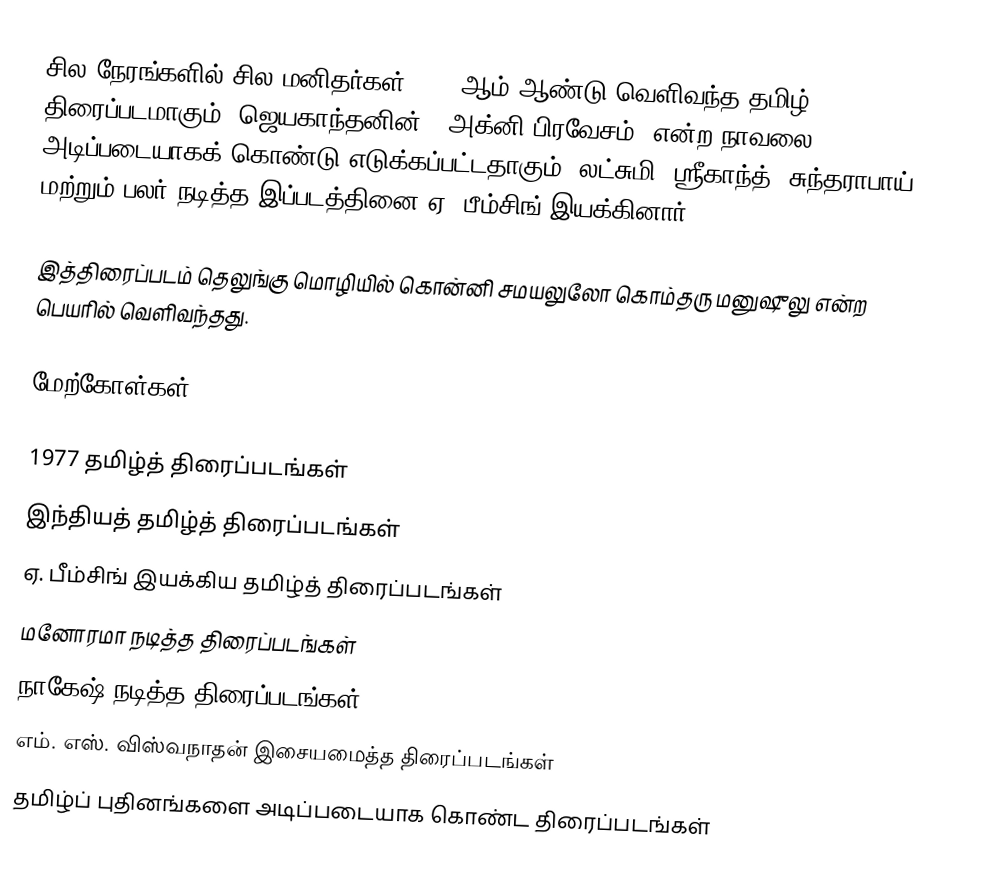
சில நேரங்களில் சில மனிதர்கள் 1977 ஆம் ஆண்டு வெளிவந்த தமிழ் திரைப்படமாகும். ஜெயகாந்தனின், "அக்னி பிரவேசம்" என்ற நாவலை அடிப்படையாகக் கொண்டு எடுக்கப்பட்டதாகும். லட்சுமி, ஸ்ரீகாந்த், சுந்தராபாய் மற்றும் பலர் நடித்த இப்படத்தினை ஏ. பீம்சிங் இயக்கினார்.

இத்திரைப்படம் தெலுங்கு மொழியில் கொன்னி சமயலுலோ கொம்தரு மனுஷுலு என்ற பெயரில் வெளிவந்தது.

மேற்கோள்கள்

1977 தமிழ்த் திரைப்படங்கள்
இந்தியத் தமிழ்த் திரைப்படங்கள்
ஏ. பீம்சிங் இயக்கிய தமிழ்த் திரைப்படங்கள்
மனோரமா நடித்த திரைப்படங்கள்
நாகேஷ் நடித்த திரைப்படங்கள்
எம். எஸ். விஸ்வநாதன் இசையமைத்த திரைப்படங்கள்
தமிழ்ப் புதினங்களை அடிப்படையாக கொண்ட திரைப்படங்கள்